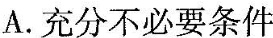
A.充分不必要条件